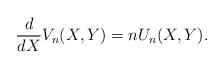
LaTeX: \begin{align*}\frac{d}{dX} V_n(X,Y) = n U_n(X,Y).\end{align*}